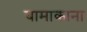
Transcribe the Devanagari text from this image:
यामाकाना